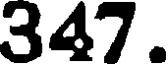
347.